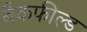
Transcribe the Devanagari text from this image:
बैकफील्ड